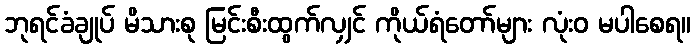
ဘုရင်ခံချုပ် မိသားစု မြင်းစီးထွက်လျှင် ကိုယ်ရံတော်များ လုံးဝ မပါစေရ။